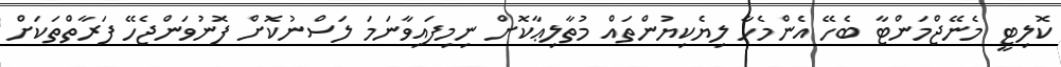
ކޮލިޓީ މެނޭޖްމަންޓާ ބެހޭ އެންމެހާ ލިޔެކިޔުންތައް މުތާލިޢާކޮށް ނިމިފައިވާނަމަ ލަސްނުކޮށް ފޮނުވަންޖެހޭ ފަރާތްތަކަށް